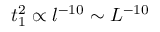
t _ { 1 } ^ { 2 } \propto l ^ { - 1 0 } \sim L ^ { - 1 0 }